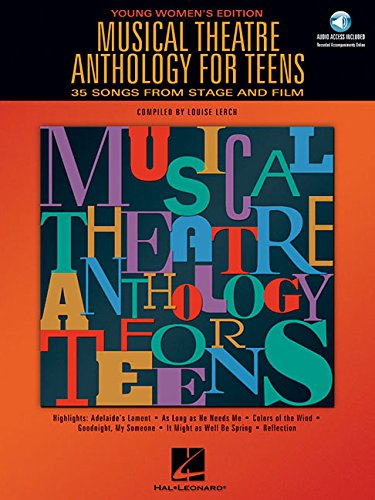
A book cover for Musical Theatre Anthology for Teens: 35 Songs From Stage and Film, Young Women's Edition (Book & CD); Teen & Young Adult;